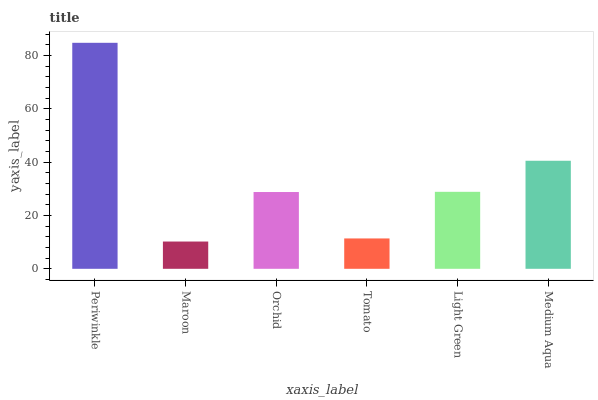
| xaxis_label | bars |
 | --- | --- |
 | Periwinkle | 84.8 |
 | Maroon | 10.2 |
 | Orchid | 28.8 |
 | Tomato | 11.4 |
 | Light Green | 28.9 |
 | Medium Aqua | 40.5 |